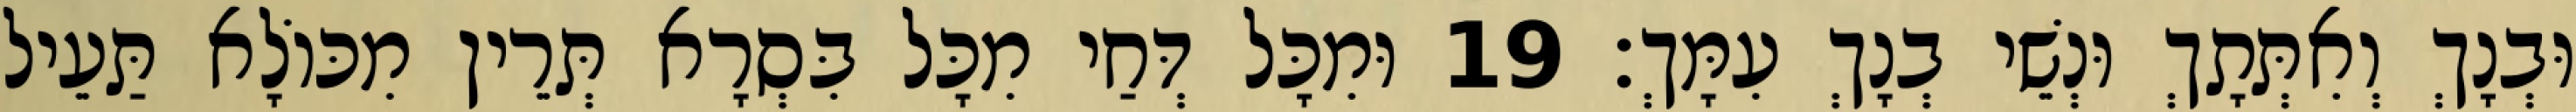
וּבְנָךְ וְאִתְּתָךְ וּנְשֵׁי בְנָךְ עִמָּךְ׃ 19 וּמִכָּל דְּחַי מִכָּל בִּסְרָא תְּרֵין מִכּוֹלָא תַּעֵיל